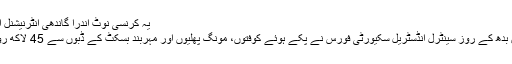
یہ کرنسی نوٹ اندرا گاندھی انٹرنیشنل ایئر پورٹ پر پکڑے گئے (فوٹو:این ڈی ٹی وی)
انڈیا کے خبررساں ادارے پی ٹی آئی کے مطابق بدھ کے روز سینٹرل انڈسٹریل سکیورٹی فورس نے پکے ہوئے کوفتوں، مونگ پھلیوں اور مہربند بسکٹ کے ڈبوں سے 45 لاکھ روپے کی مالیت کے بیرونی کرنسی نوٹ پکڑے۔